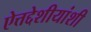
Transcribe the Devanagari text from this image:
ऐत्तद्देशीयांशी